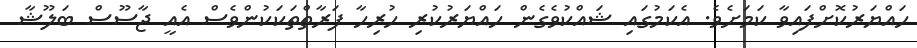
ހައްޔަރުކޮށްފައިވާ ކަމަށެވެ. އެކަމުގައި ޝައްކުވެގެން ހައްޔަރުކުރި ހުރިހާ ފަރާތްތަކަކުންވެސް އެއީ ޖާސޫސް ބަލޫޝާ